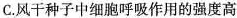
C.风干种子中细胞呼吸作用的强度高